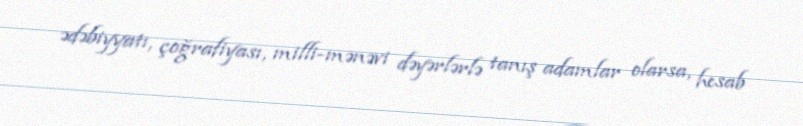
ədəbiyyatı, çoğrafiyası, milli-mənəvi dəyərlərlə tanış adamlar olarsa, hesab